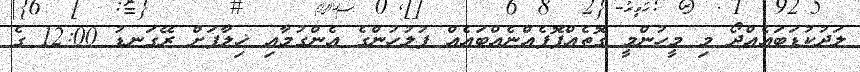
ލަދުކުޑަބައެއްދޯ މި މީހުންމީ ގޮތެއްފޮފެއްނެއްބައެއް ފުލުހުންގެ އެންގުމާއި ޚިލާފަށް ރޭގަނޑު 12:00 ގެ